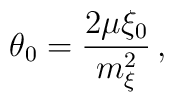
\:\theta _{0} = \frac{2\mu \xi _{0}}{m_{\xi }^{2}} \,,\: